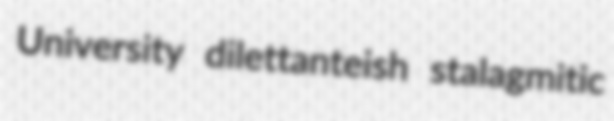
University dilettanteish stalagmitic